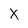
Character: X